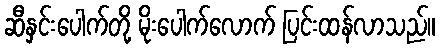
ဆီနှင်းပေါက်တို့ မိုးပေါက်လောက် ပြင်းထန်လာသည်။